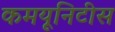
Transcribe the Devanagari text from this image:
कमयूनिटीस